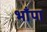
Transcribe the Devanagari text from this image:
भाँपा